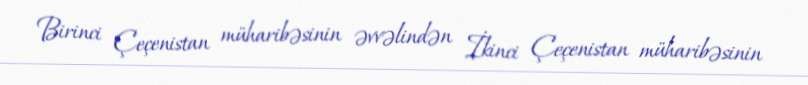
Birinci Çeçenistan müharibəsinin əvvəlindən İkinci Çeçenistan müharibəsinin